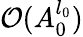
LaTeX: \mathcal{O}(A_{0}^{l_{0}})